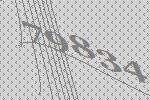
79834